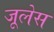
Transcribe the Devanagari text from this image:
जूलेस